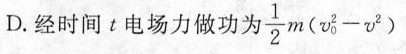
D.经时间t电场力做功为 $$\frac { 1 } { 2 } m ( v _ { 0 } ^ { 2 }- v ^ {